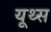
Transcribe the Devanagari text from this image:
यूथ्स